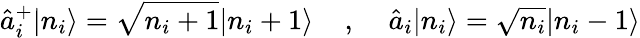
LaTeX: \hat{a}_{i}^{+}|n_{i}\rangle=\sqrt{n_{i}+1}|n_{i}+1\rangle\; \; \; \; ,\; \; \; \; \hat{a}_{i}|n_{i}\rangle=\sqrt{n_{i}}|n_{i}-1\rangle